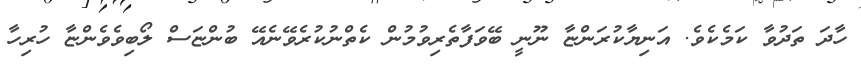
ހާދަ ތަދުވާ ކަމެކެވެ. އަނިޔާކުރަންޏާ ނޫނީ ބޭވަފާތެރިވުމުން ކެތްނުކުރެވޭނެއޭ ބުންޏަސް ލޯބިވެވެންޏާ ހުރިހާ